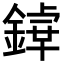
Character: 𨪬